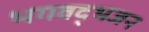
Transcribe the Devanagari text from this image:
भगवद्भजन